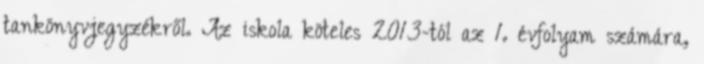
tankönyvjegyzékről. Az iskola köteles 2013-tól az 1. évfolyam számára,